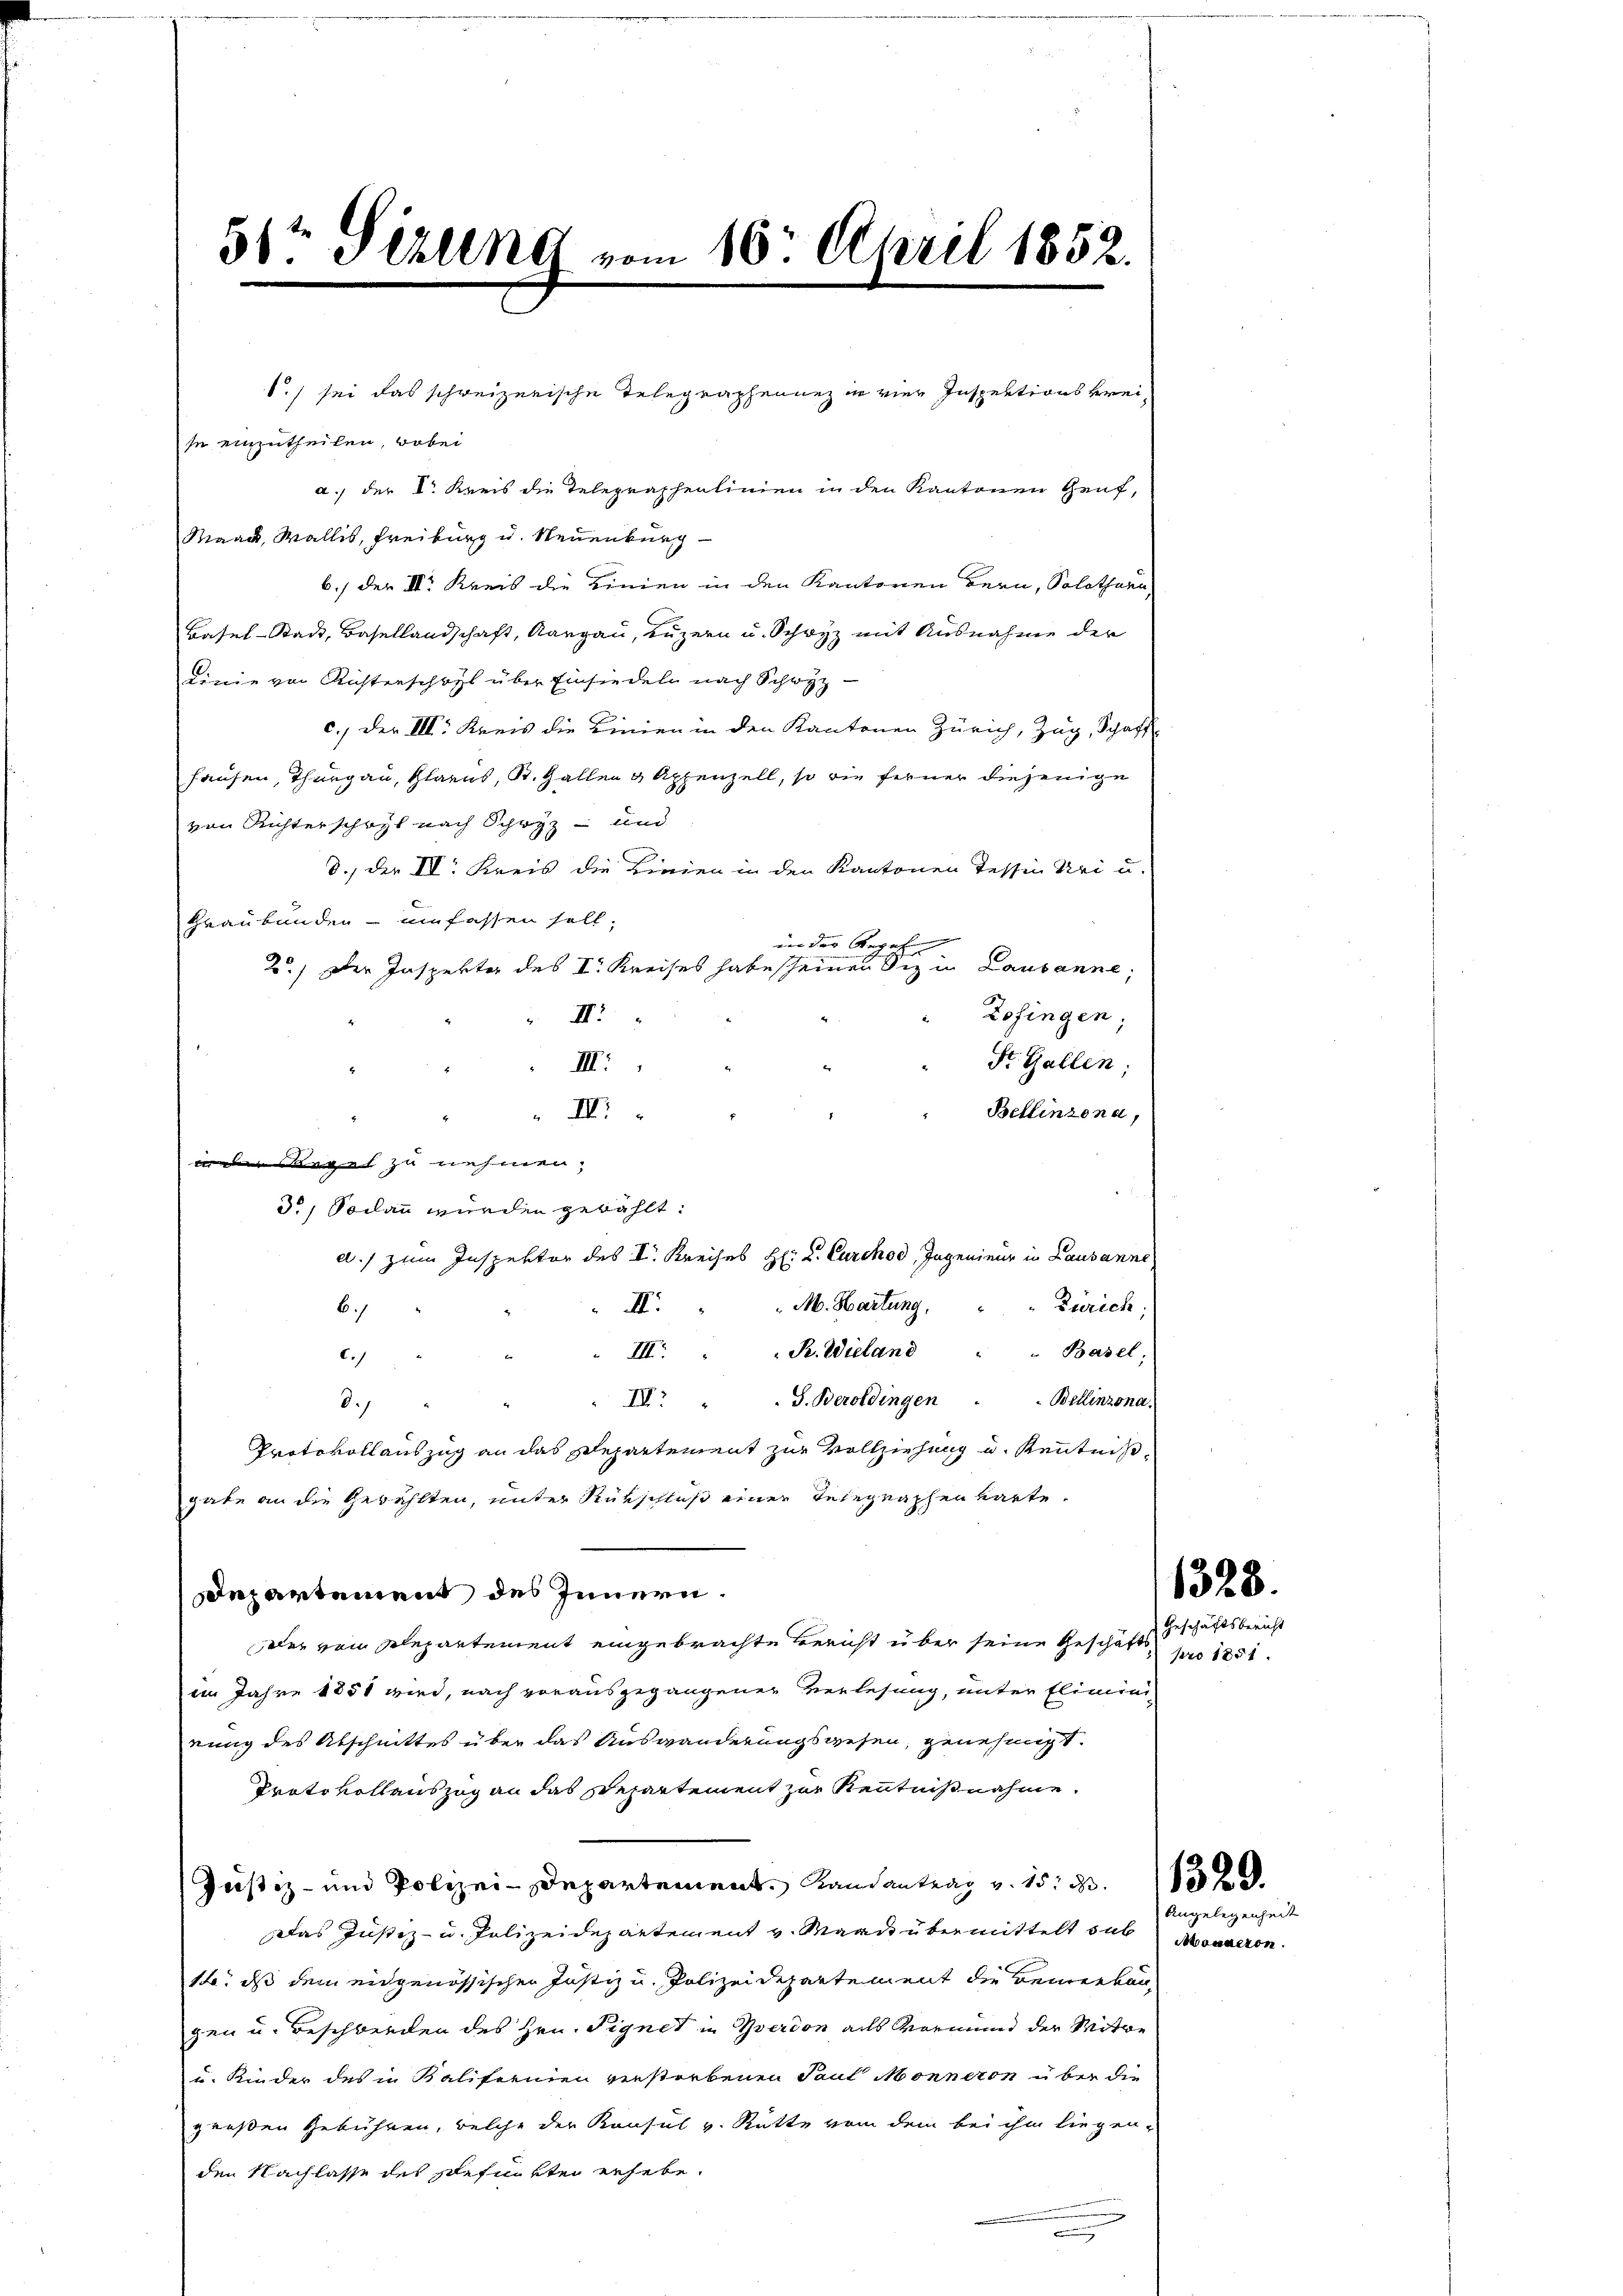
51te Sekung vom 10. April 1852.

se einzutheilen, wobei
a. der Dr. Kreis die Telegraphenlinien in den Kantonen Genf,
Maack, Wallis, Freiburg u. Neuenburg
6.) der k. Kreis die Linien in den Kantonen Bern, Solothurn,
Basel-Stadt, Basellandschaft, Aargau, Luzern u. Schwyz mit Ausnahme der
Linie von Risterschaft über Einsiedeln nach Schwyz
c.) der III. Kreis die Linien in den Kantonen Zürich, Zug, Schaff
hausen, Thurgau, Glarus, St. Gallen & Appenzell, so die ferner diejenige
von Richterschaft nach Schwyz und
d., der II. Kreis die Linien in den Kantonen Tessin Uri u.
Graubünden umfassen soll,
inn der Regeln |
2.) Der Inspekter des I. Kreises habe scheinen Siz in Lausanne;
Zofingen;
II.
St. Gallen;
III.
Bellinzona,
I.
3, Solan würden gewählt:
d.) zum Inspektor des I. Kreises H: L. Curchod, Ingenieur in Lausanne
M. Hartung,
Zürich;
II.
6.
III. R. Wieland " " Basel,
6.)
IV S. Beroldingen . . Bellinzona.
8.)
Protokollauszug an das Departement zur Vollziehung u. Kenntnißgabe an die Gewählten, unter Rükschluß einer Telegraphen warte¬
Departement des Innern.
der vom Departement eingebrachte Bericht über seine Geschäftsim Jahre 1851 wird, nach vorausgegangener Verlesung, unter Eliminirung des Abschnittes über das Auswanderungswesen, genehmigt.
Protokollauszug an das Separtement zur Kenntnißnahme.
Justiz- und Polizei-Departement Landantrag v. 15.
Das Justiz- u. Polizeidepartement v. Mark übermittelt sub Monderen
1. ds dem eidgenössischen Justiz u. Polizeidepartement die Bemerkung
gen u. Beschwerden des Hrn. Signet in Yverdon als Vormund der Mitwe
u. Kinder des in Kalifornien verstorbenen Paul Monneron über die
großen Gebühren, welche der Konsul v. Rütte von dem bei ihm liegen-
den Nachlasse des gefunkte erhebe.
.

ider Regel zu nehmen;

.) sei das schweizerische Telegraphenanz in vier Inspektionskrei¬

Geschäftsbericht
pro 1851.

1328.

Angelegenheit